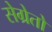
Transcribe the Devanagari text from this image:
सेग्रेतो